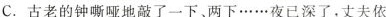
C.古老的钟嘶哑地敲了一下，两下……夜已深了，丈夫依